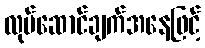
လုပ်ဆောင်ချက်အနေဖြင့်